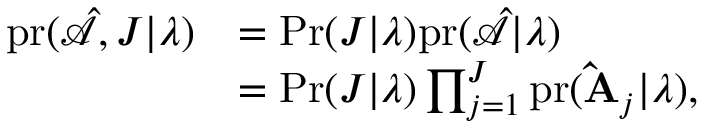
\begin{array} { r l } { \mathrm { p r } ( \hat { \mathcal { A } } , J | \boldsymbol { \lambda } ) } & { = \mathrm { P r } ( J | \boldsymbol { \lambda } ) \mathrm { p r } ( \hat { \mathcal { A } } | \boldsymbol { \lambda } ) } \\ & { = \mathrm { P r } ( J | \boldsymbol { \lambda } ) \prod _ { j = 1 } ^ { J } \mathrm { p r } ( \mathbf { \hat { A } } _ { j } | \boldsymbol { \lambda } ) , } \end{array}